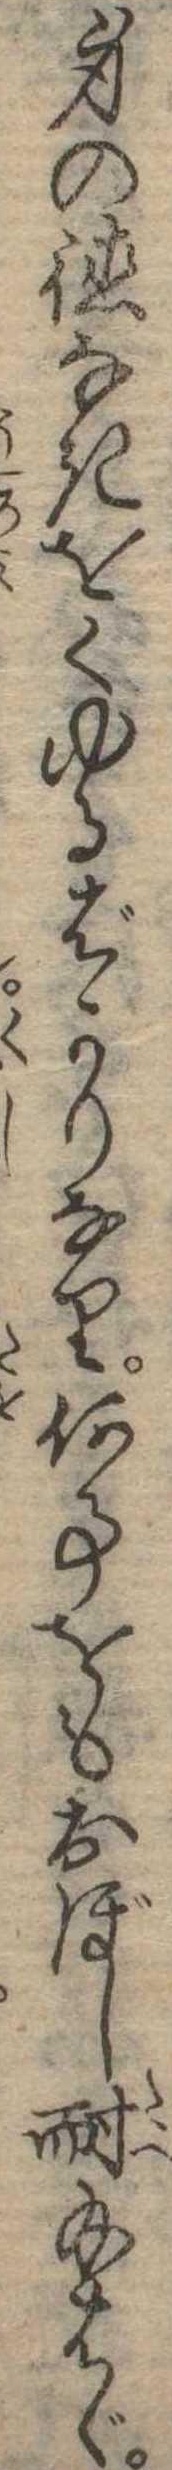
身の徳なきをくゆるばかりなり何事をもおぼし耐給はゞ